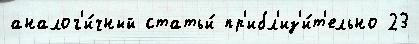
аналог'и́чный статьи́ пр'ибл'из'и́т'ельно 23